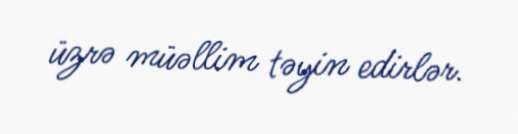
üzrə müəllim təyin edirlər.